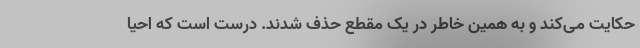
حکایت می‌کند و به همین خاطر در یک مقطع حذف شدند. درست است که احیا